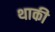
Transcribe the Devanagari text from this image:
थाकी